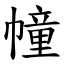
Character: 幢